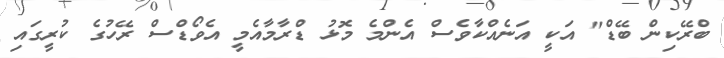
ބްރޭކިން ބޭޑް" އަކީ އަނެއްކާވެސް އެންމެ މޮޅު ޑްރާމާއެމީ އެވޯޑްސް ރޭހުގެ ކުރީގައި